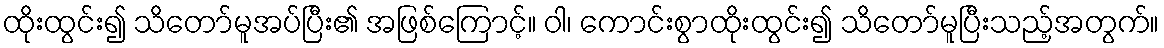
ထိုးထွင်း၍ သိတော်မူအပ်ပြီး၏ အဖြစ်ကြောင့်။ ဝါ၊ ကောင်းစွာထိုးထွင်း၍ သိတော်မူပြီးသည့်အတွက်။